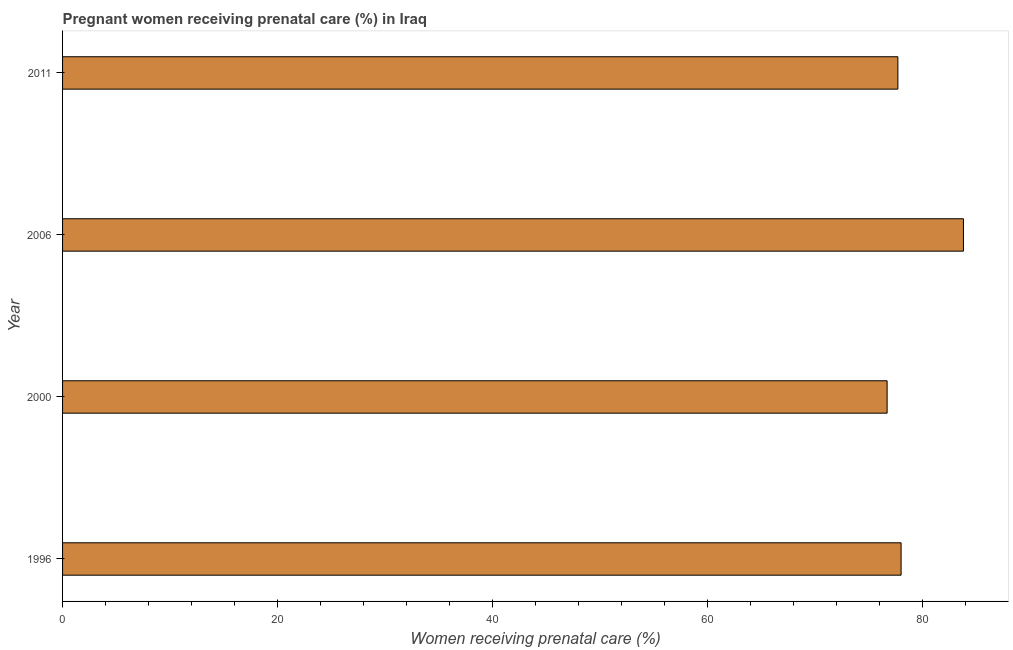
| Year | Pregnant women receiving prenatal care |
 | --- | --- |
 | 1996 | 78 |
 | 2000 | 76.7 |
 | 2006 | 83.8 |
 | 2011 | 77.7 |